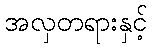
အလှတရားနှင့်